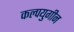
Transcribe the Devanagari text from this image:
कल्पयुगीन